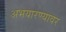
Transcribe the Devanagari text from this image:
अभयारण्यावर